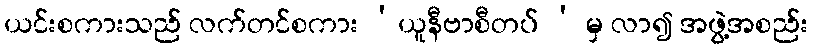
ယင်းစကားသည် လက်တင်စကား ‘ယူနီဗာစီတပ် ’ မှ လာ၍ အဖွဲ့အစည်း